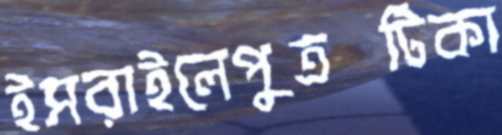
ইসরাইলেপুত্রটিকা